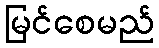
မြင်စေမည်